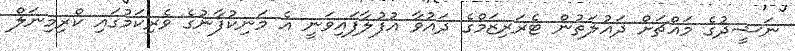
ނަޝީދުގެ މައްޗަށް ދައުލަތުން ޓެރަރިޒަމްގެ ދައުވާ އުފުލާފައިވަނީ އެ މަނިކުފާނުގެ ވެރިކަމުގައި ކްރިމިނަލް